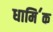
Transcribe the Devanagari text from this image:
धामि॔क